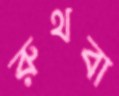
রুথবা